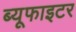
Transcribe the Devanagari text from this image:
ब्यूफाइटर